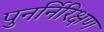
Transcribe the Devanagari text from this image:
पुनर्निरिक्षण